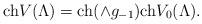
LaTeX: \begin{align*}\hbox {ch}V(\Lambda)=\hbox{ch}(\wedge g_{-1})\hbox {ch}V_0(\Lambda). \end{align*}